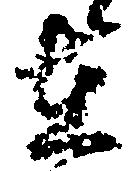
在